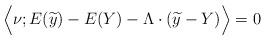
LaTeX: \begin{align*}\Big< \nu; E(\widetilde{y}) - E (Y) - \Lambda \cdot (\widetilde{y} - Y )\Big> = 0\end{align*}